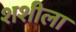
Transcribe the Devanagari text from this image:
शशीला